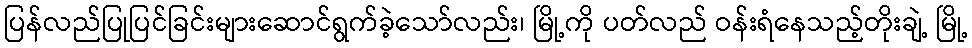
ပြန်လည်ပြုပြင်ခြင်းများဆောင်ရွက်ခဲ့သော်လည်း၊ မြို့ကို ပတ်လည် ဝန်းရံနေသည့်တိုးချဲ့ မြို့